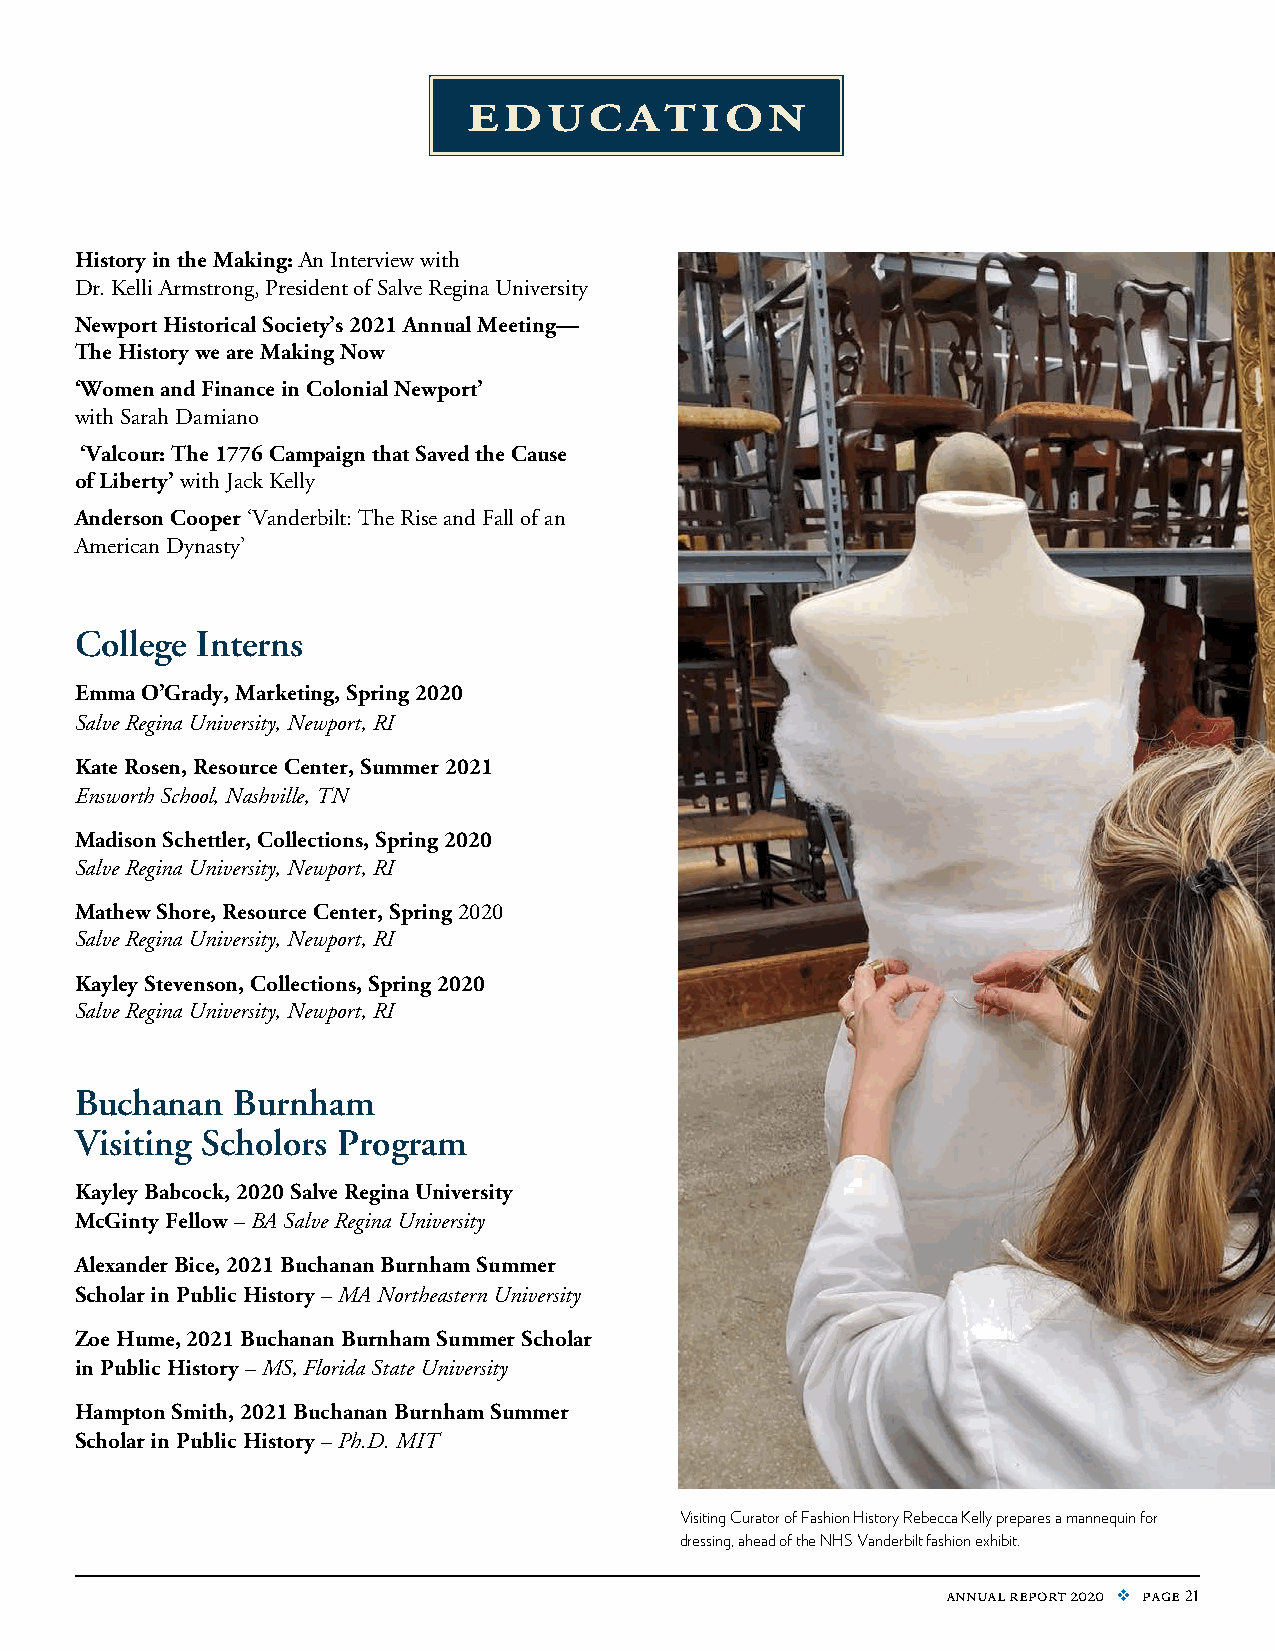
education
 History in the Making: An Interview with
 Dr. Kelli Armstrong, President of Salve Regina University
 Newport Historical Society’s 2021 Annual Meeting—
 The History we are Making Now
 ‘Women and Finance in Colonial Newport’
 with Sarah Damiano
 ‘Valcour: The 1776 Campaign that Saved the Cause
 of Liberty’ with Jack Kelly
 Anderson Cooper ‘Vanderbilt: The Rise and Fall of an
 American Dynasty’
 College Interns
 Emma O’Grady, Marketing, Spring 2020
 Salve Regina University, Newport, RI
 Kate Rosen, Resource Center, Summer 2021
 Ensworth School, Nashville, TN
 Madison Schettler, Collections, Spring 2020
 Salve Regina University, Newport, RI
 Mathew Shore, Resource Center, Spring 2020
 Salve Regina University, Newport, RI
 Kayley Stevenson, Collections, Spring 2020
 Salve Regina University, Newport, RI
 Buchanan  Burnham
 Visiting Scholors Program
 Kayley Babcock, 2020 Salve Regina University
 McGinty Fellow – BA Salve Regina University
 Alexander Bice, 2021 Buchanan Burnham Summer
 Scholar in Public History – MA Northeastern University
 Zoe Hume, 2021 Buchanan Burnham Summer Scholar
 in Public History – MS, Florida State University
 Hampton Smith, 2021 Buchanan Burnham Summer
 Scholar in Public History – Ph.D. MIT
 Visiting Curator of Fashion History Rebecca Kelly prepares a mannequin for
 dressing, ahead of the NHS Vanderbilt fashion exhibit.
 annual report 2020 v page 21